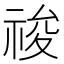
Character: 𥚂